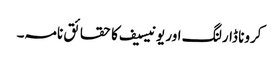
کرونا ڈارلنگ اور یونیسیف کا حقائق نامہ۔